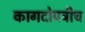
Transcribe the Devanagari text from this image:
कागदोपत्रीच